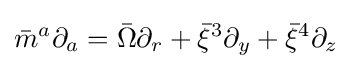
{\bar {m}}^{a}\partial _{a}={\bar {\Omega }}\partial _{r}+{\bar {\xi }}^{3}\partial _{y}+{\bar {\xi }}^{4}\partial _{z}